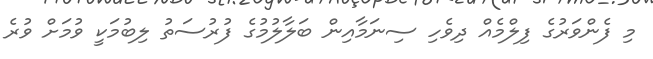
މި ފެންވަރުގެ ފިލްމެއް ދިވެހި ސިނަމާއިން ބަލާލުމުގެ ފުރުސަތު ލިބުމަކީ ވުމަށް ވުރެ